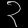
Digit: ၃